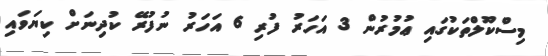
މިސްކޫލްތަކުގައި ޢުމުރުން 3 އަހަރު ފުރި 6 އަހަރު ނުފުރޭ ކުދިނަށް ކިޔަވައި